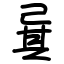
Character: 㠱